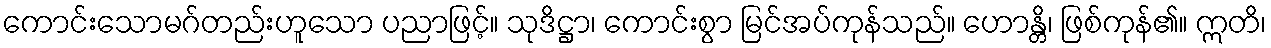
ကောင်းသောမဂ်တည်းဟူသော ပညာဖြင့်။ သုဒိဋ္ဌာ၊ ကောင်းစွာ မြင်အပ်ကုန်သည်။ ဟောန္တိ၊ ဖြစ်ကုန်၏။ ဣတိ၊